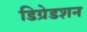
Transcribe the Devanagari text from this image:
डिग्रेडशन